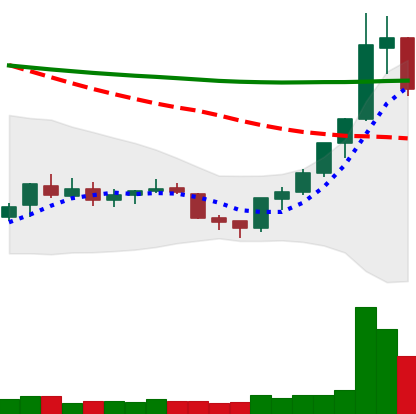
Ticker: XLM-USD
Chart end date: 2018-07-20
Forward return: 22.179%
Label: up_7plus